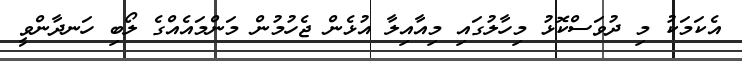
އެކަމަކު މި ދުވަސްކޮޅު މިހާލުގައި މިއާއިލާ އުޅެން ޖެހުމުން މަންމައެއްގެ ލޯބި ހަނދާންވީ